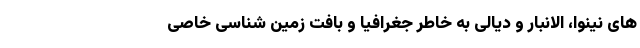
های نینوا، الانبار و دیالی به خاطر جغرافیا و بافت زمین شناسی خاصی